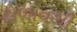
ઢોળાવથી